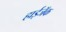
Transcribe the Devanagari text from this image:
हाईजॅक